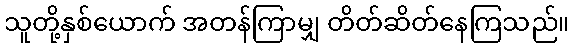
သူတို့နှစ်ယောက် အတန်ကြာမျှ တိတ်ဆိတ်နေကြသည်။